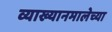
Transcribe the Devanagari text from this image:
व्याख्यानमालेच्या